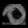
Digit: ၀